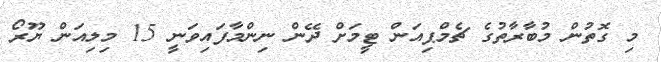
މި ގޮތުން މުބާރާތުގެ ޗެމްޕިއަން ޓީމަށް ދޭން ނިންމާފައިވަނީ 15 މިލިއަން ޔޫރޯ